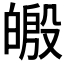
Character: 𪾄